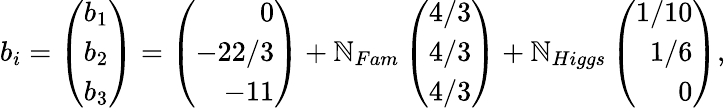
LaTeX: b_{i}=\left(\begin{array}{r}{{b_{1}}}\\ {{b_{2}}}\\ {{b_{3}}}\end{array}\right)=\left(\begin{array}{r}{{0}}\\ {{-22/3}}\\ {{-11}}\end{array}\right)+\mathbb{N}_{Fam}\left(\begin{array}{r}{{4/3}}\\ {{4/3}}\\ {{4/3}}\end{array}\right)+\mathbb{N}_{Higgs}\left(\begin{array}{r}{{1/10}}\\ {{1/6}}\\ {{0}}\end{array}\right),